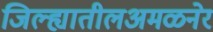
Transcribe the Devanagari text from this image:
जिल्ह्यातीलअमळनेर